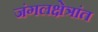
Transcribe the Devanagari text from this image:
जंगलक्षेत्रांत